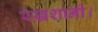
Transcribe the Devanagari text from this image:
रख़शानी।